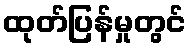
ထုတ်ပြန်မှုတွင်